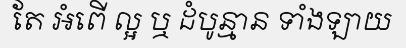
តែ អំពើ ល្អ ឬ ដំបូន្មាន ទាំងឡាយ